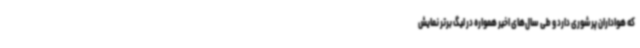
که هواداران پرشوری دارد و طی سال‌های اخیر همواره در لیگ برتر نمایش